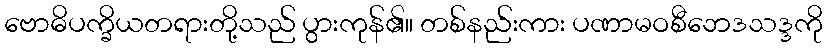
ဗောဓိပက္ခိယတရားတို့သည် ပွားကုန်၏။ တစ်နည်းကား ပဏာမဝစီဘေဒသဒ္ဒကို